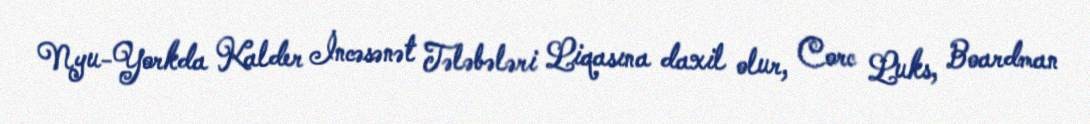
Nyu-Yorkda Kalder İncəsənət Tələbələri Liqasına daxil olur, Corc Luks, Boardman